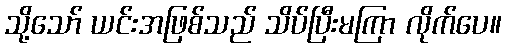
သို့သော် ယင်းအဖြစ်သည် သိပ်ပြီးမကြာ လိုက်ပေ။